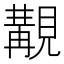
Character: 覯